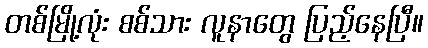
တစ်မြို့လုံး စစ်သား လူနာတွေ ပြည့်နေပြီ။